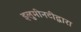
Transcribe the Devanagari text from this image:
इलुमीनटीद्वारा